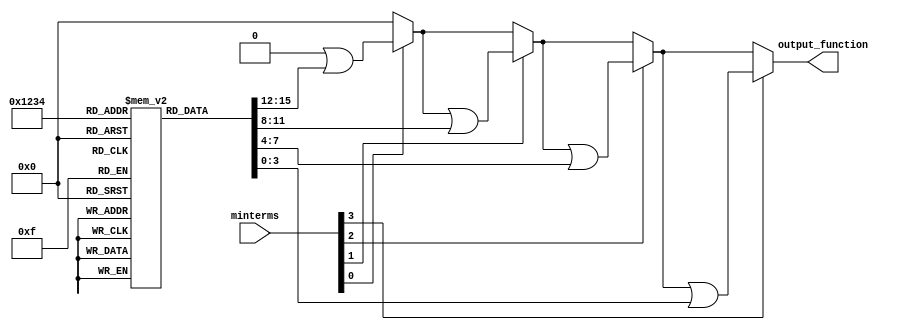
module PrimeImplicants (
    input [3:0] minterms, // 4-bit input for minterms (e.g., 0001 for minterm 1)
    output reg [3:0] output_function // 4-bit output for the simplified function
);

// Internal variables
reg [3:0] implicants [0:15]; // Array to hold implicants
reg [3:0] essential_prime_implicants; // Holds essential prime implicants

// Initial block to define the implicants based on minterms
initial begin
    // Example minterms for a 4-variable function (A, B, C, D)
    // This is a placeholder for actual implicant generation logic
    implicants[0] = 4'b0000; // Example implicant
    implicants[1] = 4'b0001; // Covers minterm 1
    implicants[2] = 4'b0010; // Covers minterm 2
    implicants[3] = 4'b0011; // Covers minterm 3
    implicants[4] = 4'b0100; // Covers minterm 4
    implicants[5] = 4'b0101; // Covers minterm 5
    implicants[6] = 4'b0110; // Covers minterm 6
    implicants[7] = 4'b0111; // Covers minterm 7
    implicants[8] = 4'b1000; // Covers minterm 8
    implicants[9] = 4'b1001; // Covers minterm 9
    implicants[10] = 4'b1010; // Covers minterm 10
    implicants[11] = 4'b1011; // Covers minterm 11
    implicants[12] = 4'b1100; // Covers minterm 12
    implicants[13] = 4'b1101; // Covers minterm 13
    implicants[14] = 4'b1110; // Covers minterm 14
    implicants[15] = 4'b1111; // Covers minterm 15
end

// Combinational logic to determine the output function
always @(*) begin
    // Reset output function
    output_function = 4'b0000;

    // Example logic to combine implicants based on the input minterms
    // This is a simplified example; actual logic would depend on the minterms
    if (minterms[0]) output_function = output_function | implicants[1]; // minterm 1
    if (minterms[1]) output_function = output_function | implicants[2]; // minterm 2
    if (minterms[2]) output_function = output_function | implicants[3]; // minterm 3
    if (minterms[3]) output_function = output_function | implicants[4]; // minterm 4
end

endmodule